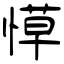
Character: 愺